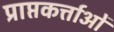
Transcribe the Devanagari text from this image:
प्राप्तकर्त्ताओं